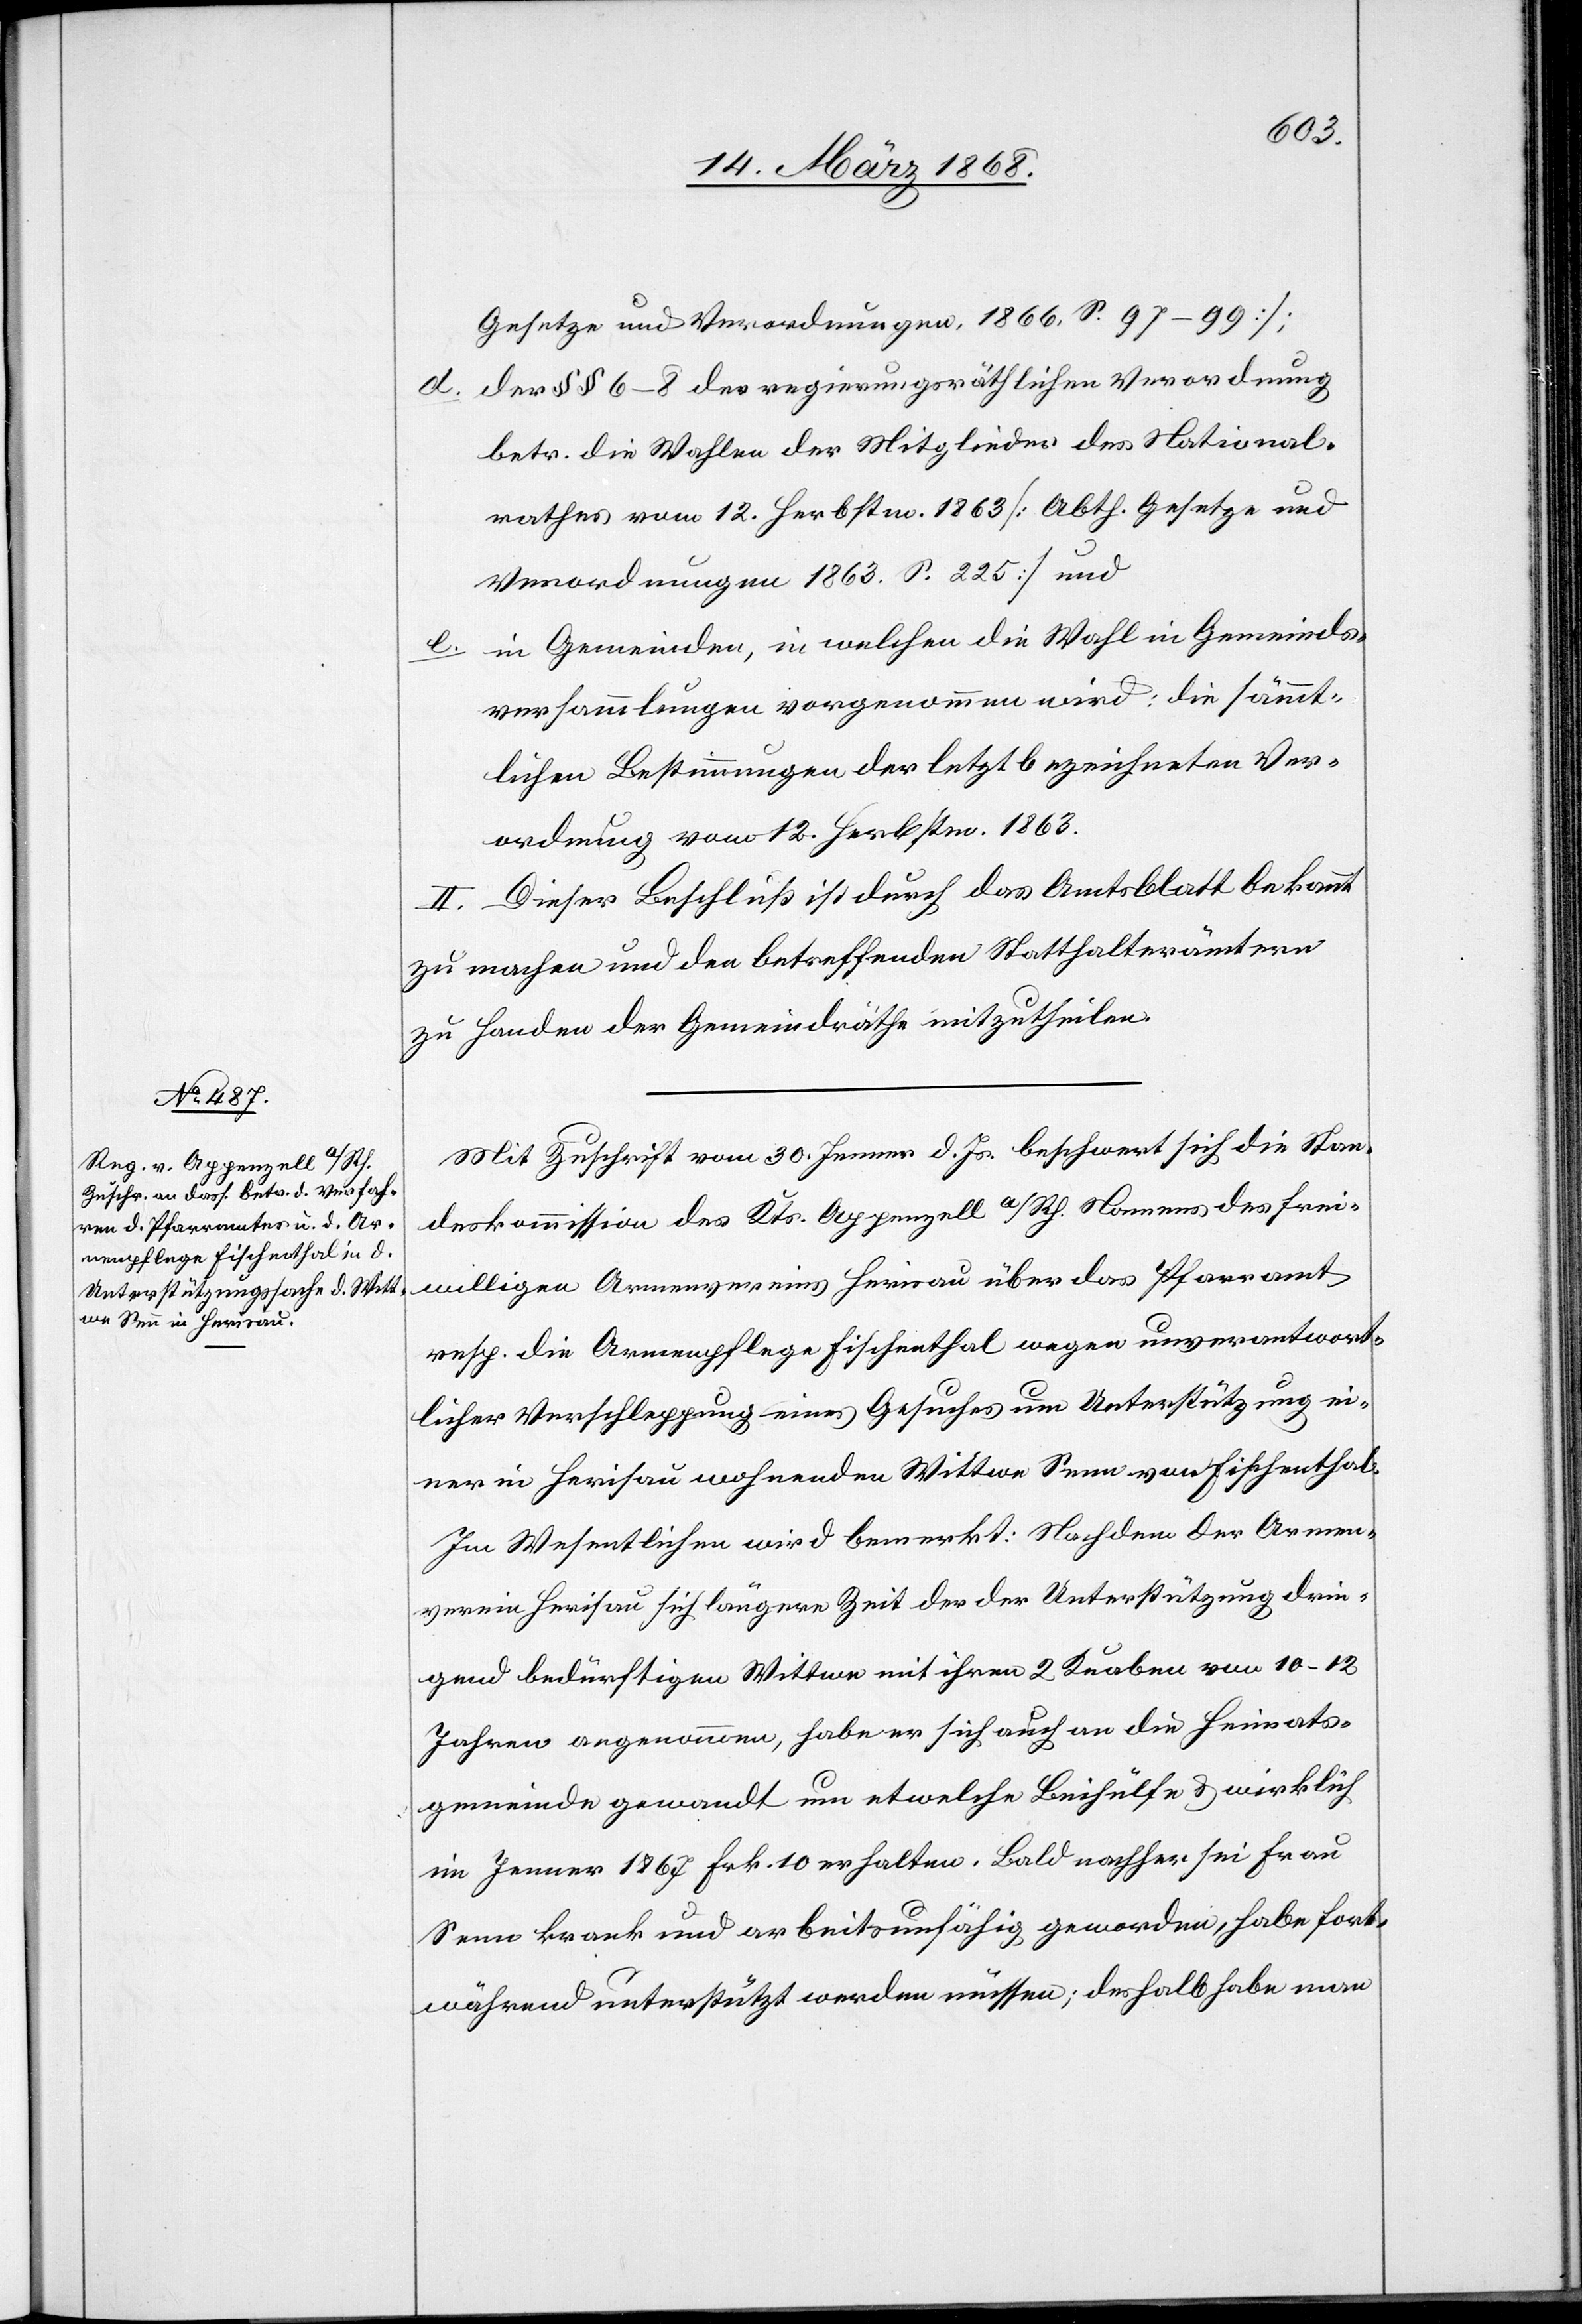
Gesetze und Verordnungen, 1866. S. 97–99];
der §§ 6–8 der regierungsräthlichen Verordnung
betr. die Wahlen der Mitglieder des National¬
rathes vom 12. Herbstm. 1863 [Abth. Gesetze und
Verordnungen 1863. S. 225] und
in Gemeinden, in welchen die Wahl in Gemeinds¬
versammlungen vorgenommen wird: die sämmt¬
lichen Bestimmungen der letztbezeichneten Ver¬
ordnung vom 12. Herbstm. 1863.
II. Dieser Beschluß ist durch das Amtsblatt bekannt
zu machen und den betreffenden Statthalterämtern
zu Handen der Gemeindräthe mitzutheilen.
Mit Zuschrift vom 30. Jenner d. Js. beschwert sich die Stan¬
deskommission des Kts. Appenzell a/Rh. Namens des frei¬
willigen Armenvereins Herisau über das Pfarramt
resp. die Armenpflege Fischenthal wegen unverantwort¬
licher Verschleppung eines Gesuches um Unterstützung ei¬
ner in Herisau wohnenden Wittwe Senn von Fischenthal.
Im Wesentlichen wird bemerkt: Nachdem der Armen¬
verein Herisau sich längere Zeit der der Unterstützung drin¬
gend bedürftigen Wittwe mit ihren 2 Knaben von 10–12
Jahren angenommen, habe er sich auch an die Heimats¬
gemeinde gewandt um etwelche Beihülfe & wirklich
im Jenner 1867 Frk. 10 erhalten. Bald nachher sei Frau
Senn krank und arbeitsunfähig geworden, habe fort¬
während unterstützt werden müssen; deshalb habe man